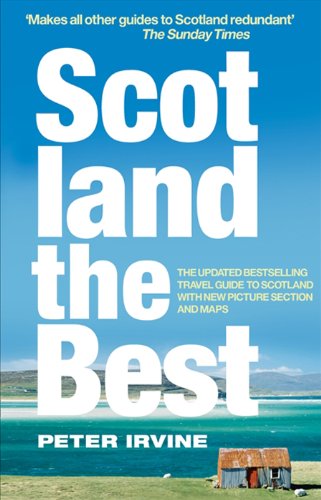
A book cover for Scotland The Best; Peter Irvine; Reference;